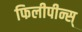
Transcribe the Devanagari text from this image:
फिलीपीन्स्